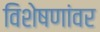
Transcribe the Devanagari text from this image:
विशेषणांवर